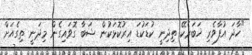
"ހާދަ އުފާވެރި ޚަބަރެކޭ ތިދިނީ ކުޑަކުޑަ އިރުކޮޅަކުން ޝަބާ ގޮވައިގެން މިދަނީ ތިގެއަށް